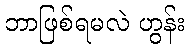
ဘာဖြစ်ရမလဲ ဟွန်း